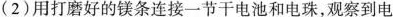
(2)用打磨好的镁条连接一节干电池和电珠，观察到电